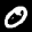
Label: 0